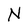
Character: N